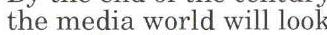
the media world will look